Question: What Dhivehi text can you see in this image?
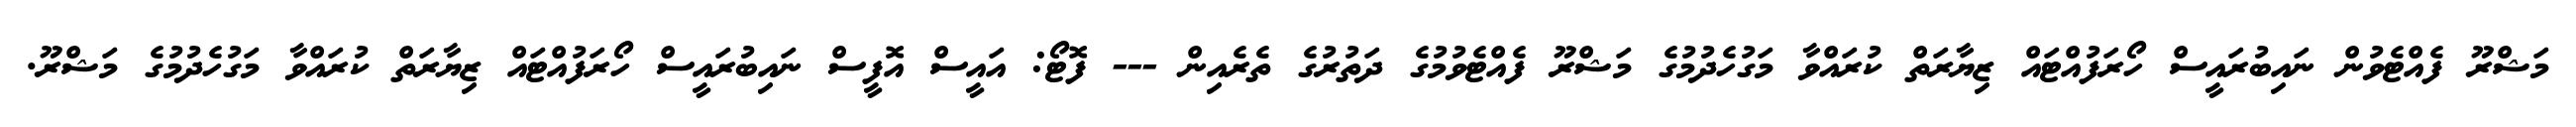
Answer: މަޝްރޫ ފެއްޓެވުން ނައިބުރައީސް ހޯރަފުއްޓައް ޒިޔާރަތް ކުރައްވާ މަގުހެދުމުގެ މަޝްރޫ ފެއްޓެވުމުގެ ދަތުރުގެ ތެރެއިން --- ފޮޓޯ: އައީސް އޮފީސް ނައިބުރައީސް ހޯރަފުއްޓައް ޒިޔާރަތް ކުރައްވާ މަގުހެދުމުގެ މަޝްރޫ.